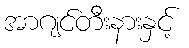
အာဂျင်တီးနားနှင့်